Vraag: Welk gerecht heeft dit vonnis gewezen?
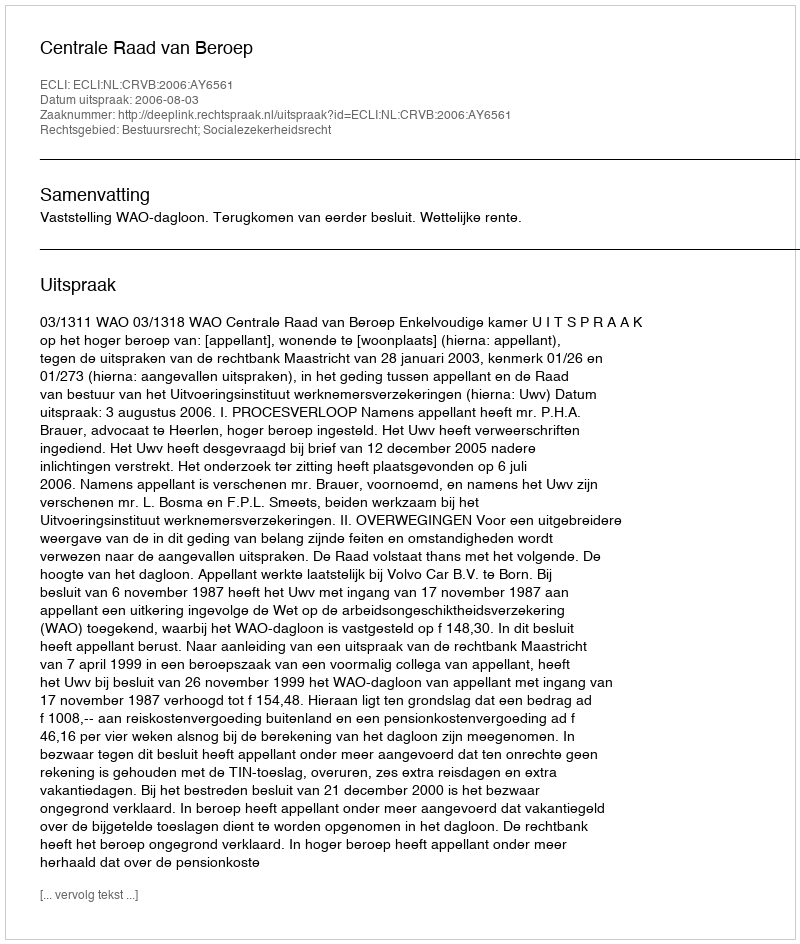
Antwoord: Centrale Raad van Beroep